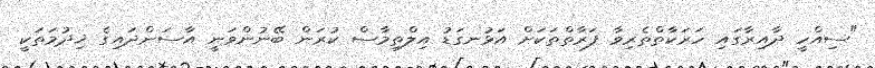
"ސިއްހީ ދާއިރާގައި ހަރަކާތްތެރިވާ ފަރާތްތަކަށް އަޅުނގަޑު އިލްތިމާސް ކުރަން ބޭނުންވަނީ އާސަންދައިގެ ޚިދުމަތަކީ